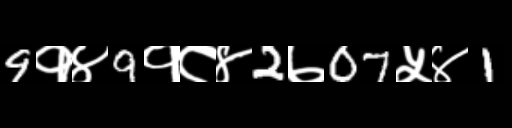
Text: 9१४9१८४2७07५४1